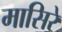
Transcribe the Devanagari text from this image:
मासिरे